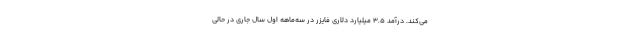
می‌کند. درآمد ۳.۵ میلیارد دلاری فایزر در سه‌ماهه اول سال جاری در حالی